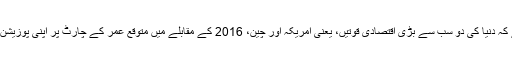
ماہرین کا کہنا ہے کہ دنیا کی دو سب سے بڑی اقتصادی قوتیں، یعنی امریکہ اور چین، 2016 کے مقابلے میں متوقع عمر کے چارٹ پر اپنی پوزیشن تبدیل کر لیں گے۔